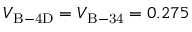
V _ { \mathrm { B - 4 D } } = V _ { \mathrm { B - 3 4 } } = 0 . 2 7 5